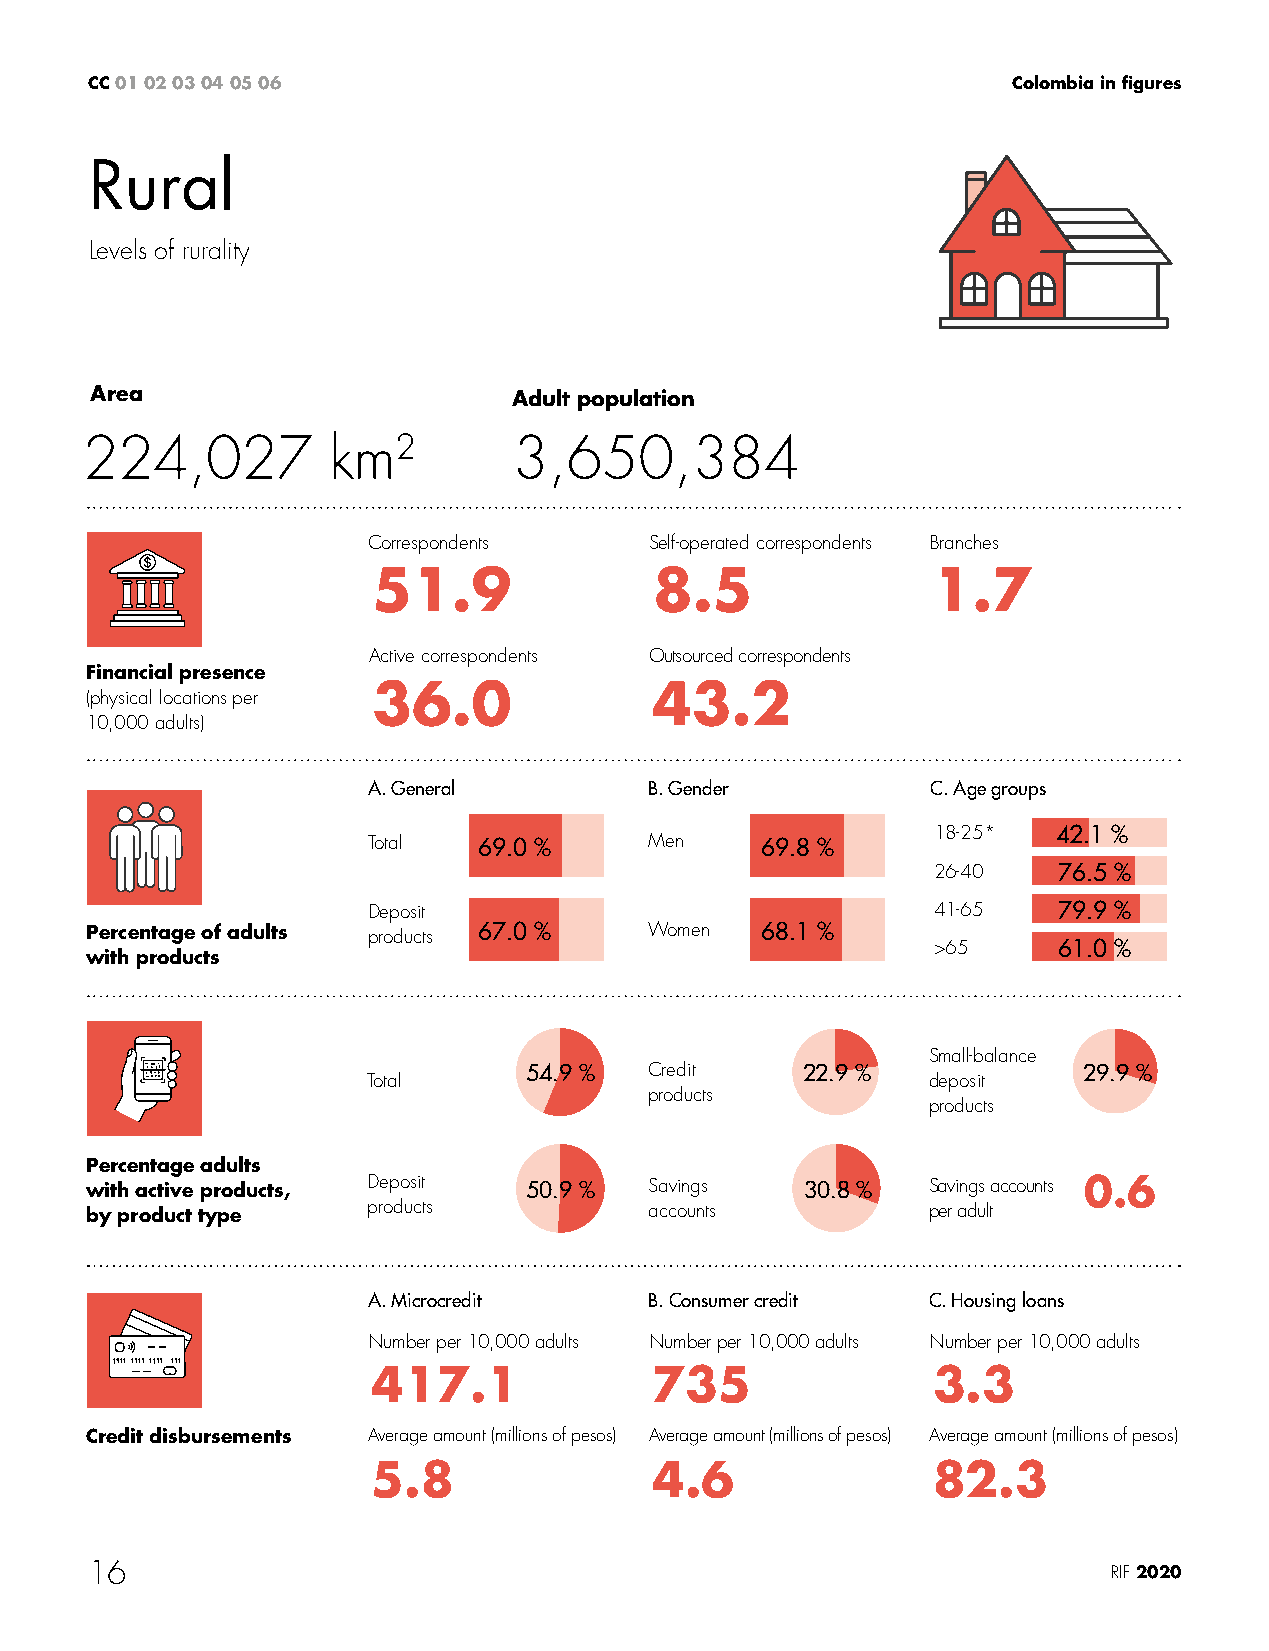
CC 01 02 03 04 05 06                                         Colombia in figures
 Rural
 Levels of rurality
 Area                        Adult population
 224,027          km2         3,650,384
 Correspondents     Self-operated correspondents Branches
 51.9              8.5                1.7
 Active correspondents Outsourced correspondents
 Financial presence
 36.0              43.2
 (physical locations per
 10,000 adults)
 A. General         B. Gender          C. Age groups
 18-25*  42.1 %
 Total   69.0 %     Men    69.8 %
 26-40   76.5 %
 Deposit                               41-65   79.9 %
 Percentage of adults products 67.0 % Women  68.1 %
 >65     61.0 %
 with products
 Small-balance
 54.9 %  Credit    22.9 %             29.9 %
 Total                                deposit
 products
 products
 Percentage adults
 with active products, Deposit 50.9 % Savings   30.8 %  Savings accounts 0.6
 by product type   products           accounts          per adult
 A. Microcredit     B. Consumer credit C. Housing loans
 Number per 10,000 adults Number per 10,000 adults Number per 10,000 adults
 417.1             735                3.3
 Credit disbursements Average amount (millions of pesos) Average amount (millions of pesos) Average amount (millions of pesos)
 5.8               4.6                82.3
 16                                                                  RIF 2020